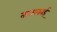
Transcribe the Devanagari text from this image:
तारास्काई